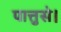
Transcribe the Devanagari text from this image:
पात्तुसे।